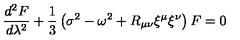
\frac { d ^ { 2 } F } { d \lambda ^ { 2 } } + \frac { 1 } { 3 } \left( \sigma ^ { 2 } - \omega ^ { 2 } + R _ { \mu \nu } \xi ^ { \mu } \xi ^ { \nu } \right) F = 0